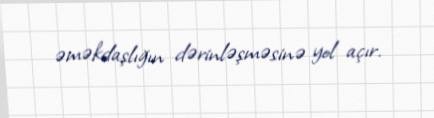
əməkdaşlığın dərinləşməsinə yol açır.